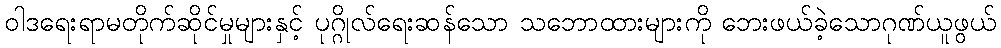
ဝါဒရေးရာမတိုက်ဆိုင်မှုများနှင့် ပုဂ္ဂိုလ်ရေးဆန်သော သဘောထားများကို ဘေးဖယ်ခဲ့သောဂုဏ်ယူဖွယ်